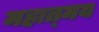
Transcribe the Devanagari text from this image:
महात्‍मय